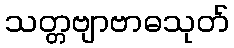
သတ္တဗျာဗာဓသုတ်